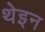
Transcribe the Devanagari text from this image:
थेइन